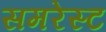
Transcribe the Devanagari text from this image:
समरेस्ट